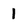
Character: 1